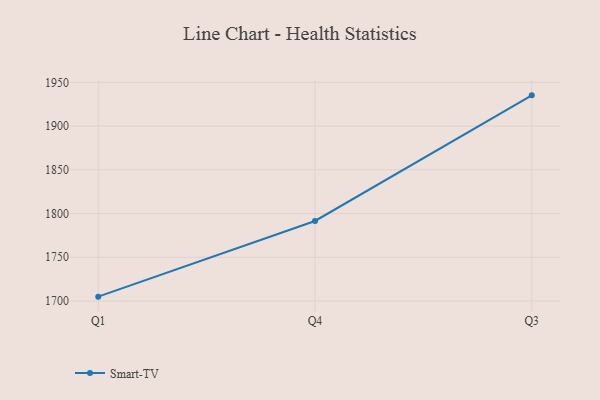
{"axis": {"x": "Quarter", "y": "Tickets Resolved"}, "legend": ["Smart-TV"], "data": [{"x": "Q1", "y": 1705.0, "type": "Smart-TV"}, {"x": "Q4", "y": 1791.5, "type": "Smart-TV"}, {"x": "Q3", "y": 1935.1, "type": "Smart-TV"}]}